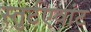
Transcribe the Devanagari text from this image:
स्तुर्टएवांट